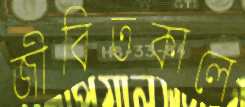
জীবিতকালে